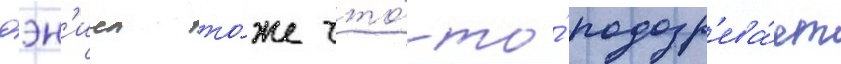
дэн'иел то́же что́-то́ подозр'ева́ет